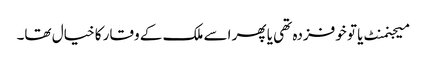
میجنمنٹ یا تو خوفزدہ تھی یا پھر اسے ملک کے وقار کا خیال تھا۔